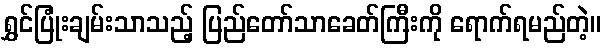
ရွှင်ပြုံးချမ်းသာသည့် ပြည်တော်သာခေတ်ကြီးကို ရောက်ရမည်တဲ့။